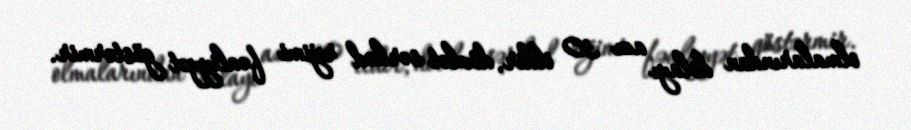
olmalarından dolayı azı 30 ildir, dövlət sərhəd rejimi fəaliyyət göstərmir.